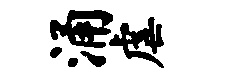
涌虐